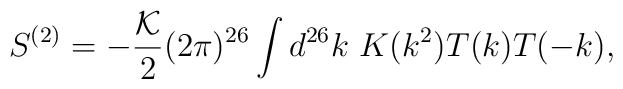
S^{(2)} = -\frac{\cal K}{2} (2 \pi)^{26}  \int d^{26} k~ K(k^2) T(k) T(-k),